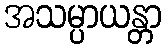
အသမ္ပာယန္တာ